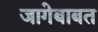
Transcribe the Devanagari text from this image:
जागेबाबत